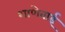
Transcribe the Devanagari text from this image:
शाणेबाई